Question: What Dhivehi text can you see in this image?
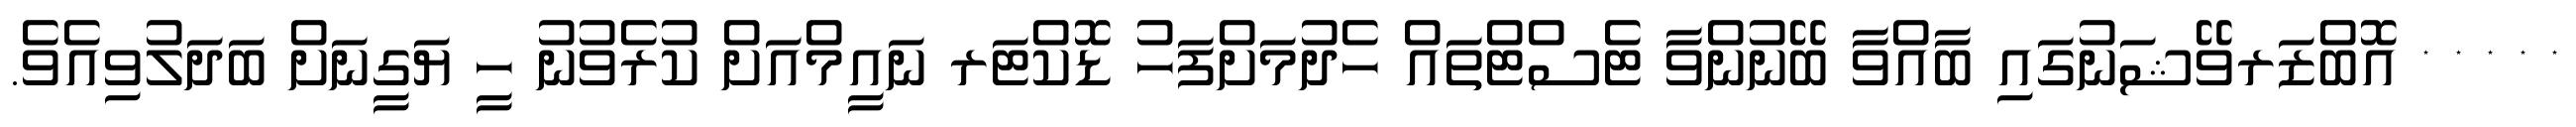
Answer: * * * * * އޮބްޒަރވޭޝަނުގައި ބާއްވާ ބޭނުންވާ ޓެސްޓްތައް ހެދުމަށްފަހު ޑޮކްޓަރ ނައީމްއަށް ކުރެވުނު ހީ ޔަގީނަށް ބަދަލުވިއެވެ.